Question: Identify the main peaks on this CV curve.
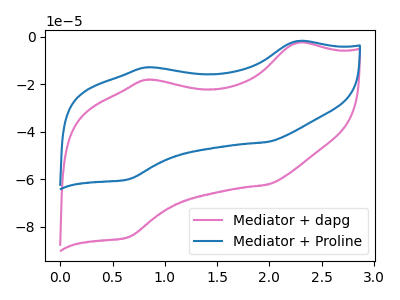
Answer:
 <answer>The pink curve "Mediator + dapg" has anodic peaks at (2.25V, -2.55uA) (0.85V, -18.05uA) and cathodic peaks at (2.00V, -62.20uA) (0.65V, -84.35uA). The blue curve "Mediator + Proline" has anodic peaks at (2.25V, -1.80uA) (0.85V, -12.85uA) and cathodic peaks at (2.00V, -44.25uA) (0.65V, -60.00uA).</answer>
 <eval></eval>